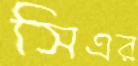
সিএর